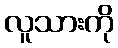
လူသားကို